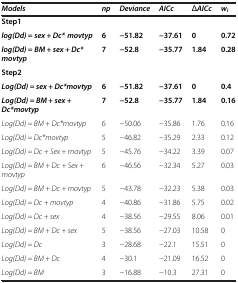
<table><thead><tr><td><b><i>Models</i></b></td><td><b><i>np</i></b></td><td><b><i>Deviance</i></b></td><td><b><i>AICc</i></b></td><td><b><i>ΔAICc</i></b></td><td><b><i>w</i><sub><i>i</i></sub></b></td></tr></thead><tbody><tr><td><b>Step1</b></td><td> </td><td> </td><td> </td><td> </td><td> </td></tr><tr><td><b><i>log(Dd) = sex + Dc* movtyp</i></b></td><td><b>6</b></td><td><b>-51.82</b></td><td><b>-37.61</b></td><td><b>0</b></td><td><b>0.72</b></td></tr><tr><td><b><i>log(Dd) = BM + sex + Dc* movtyp</i></b></td><td><b>7</b></td><td><b>-52.8</b></td><td><b>-35.77</b></td><td><b>1.84</b></td><td><b>0.28</b></td></tr><tr><td><b>Step2</b></td><td> </td><td> </td><td> </td><td> </td><td> </td></tr><tr><td><b><i>Log(Dd) = sex + Dc*movtyp</i></b></td><td><b>6</b></td><td><b>-51.82</b></td><td><b>-37.61</b></td><td><b>0</b></td><td><b>0.4</b></td></tr><tr><td><b><i>Log(Dd) = BM + sex + Dc*movtyp</i></b></td><td><b>7</b></td><td><b>-52.8</b></td><td><b>-35.77</b></td><td><b>1.84</b></td><td><b>0.16</b></td></tr><tr><td><i>Log(Dd) = BM + Dc*movtyp</i></td><td>6</td><td>-50.06</td><td>-35.86</td><td>1.76</td><td>0.16</td></tr><tr><td><i>Log(Dd) = Dc*movtyp</i></td><td>5</td><td>-46.82</td><td>-35.29</td><td>2.33</td><td>0.12</td></tr><tr><td><i>Log(Dd) = Dc + Sex + movtyp</i></td><td>5</td><td>-45.76</td><td>-34.22</td><td>3.39</td><td>0.07</td></tr><tr><td><i>Log(Dd) = BM + Dc + Sex + movtyp</i></td><td>6</td><td>-46.56</td><td>-32.34</td><td>5.27</td><td>0.03</td></tr><tr><td><i>Log(Dd) = BM + Dc + movtyp</i></td><td>5</td><td>-43.78</td><td>-32.23</td><td>5.38</td><td>0.03</td></tr><tr><td><i>Log(Dd) = Dc + movtyp</i></td><td>4</td><td>-40.86</td><td>-31.86</td><td>5.75</td><td>0.02</td></tr><tr><td><i>Log(Dd) = Dc + sex</i></td><td>4</td><td>-38.56</td><td>-29.55</td><td>8.06</td><td>0.01</td></tr><tr><td><i>Log(Dd) = BM + Dc + sex</i></td><td>5</td><td>-38.56</td><td>-27.03</td><td>10.58</td><td>0</td></tr><tr><td><i>Log(Dd) = Dc</i></td><td>3</td><td>-28.68</td><td>-22.1</td><td>15.51</td><td>0</td></tr><tr><td><i>Log(Dd) = BM + Dc</i></td><td>4</td><td>-30.1</td><td>-21.09</td><td>16.52</td><td>0</td></tr><tr><td><i>Log(Dd) = BM</i></td><td>3</td><td>-16.88</td><td>-10.3</td><td>27.31</td><td>0</td></tr></tbody></table>